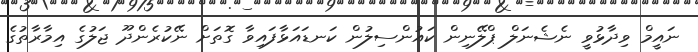
ނައީމް ވިދާޅުވީ ނެޝެނަލް ޕްލޭނިން ކައުންސިލުން ކަނޑައަޅާފައިވާ ގޮތަށް ނޭކުރެންދޫ ޖަލުގެ އިމާރާތުގެ